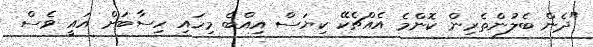
"ދެން ބެލުންތެރިން ކޮންމެ އެއްޗެކޭ ކިޔަސް އިއްބެ މިހައި ހިސާބަށް އައީ ވެސް